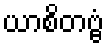
ယာစိတဗ္ဗံ